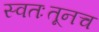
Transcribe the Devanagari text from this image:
स्वतःतूनच